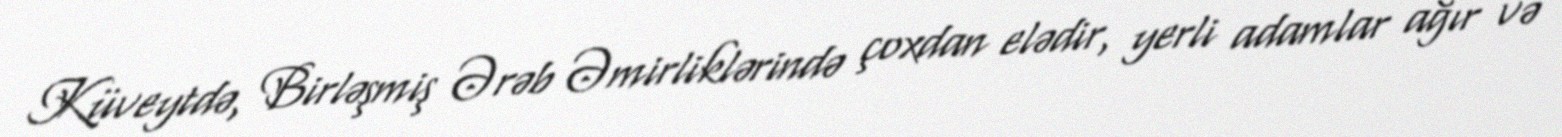
Küveytdə, Birləşmiş Ərəb Əmirliklərində çoxdan elədir, yerli adamlar ağır və